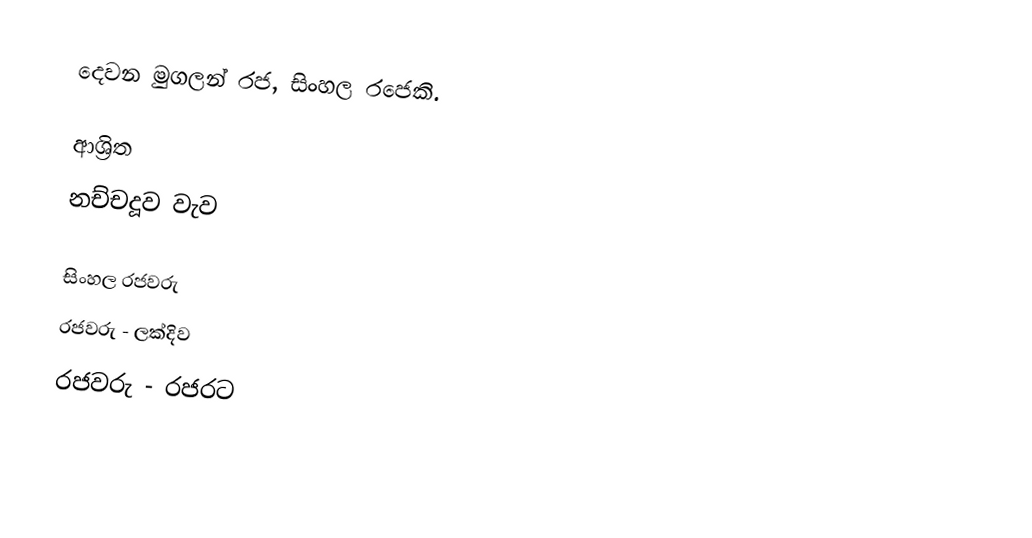
දෙවන මුගලන් රජ, සිංහල රජෙකි.

ආශ්‍රිත
 නච්චදූව වැ‍ව

සිංහල රජවරු
රජවරු - ලක්දිව
රජවරු - රජරට